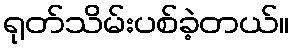
ရုတ်သိမ်းပစ်ခဲ့တယ်။